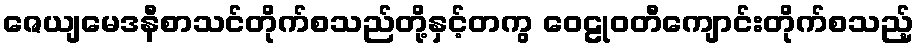
ဇေယျမေဒနီစာသင်တိုက်စသည်တို့နှင့်တကွ ဝေဠုဝတီကျောင်းတိုက်စသည့်